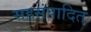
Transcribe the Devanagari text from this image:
सहसंपादित